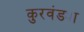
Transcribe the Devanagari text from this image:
कुरवंड्या